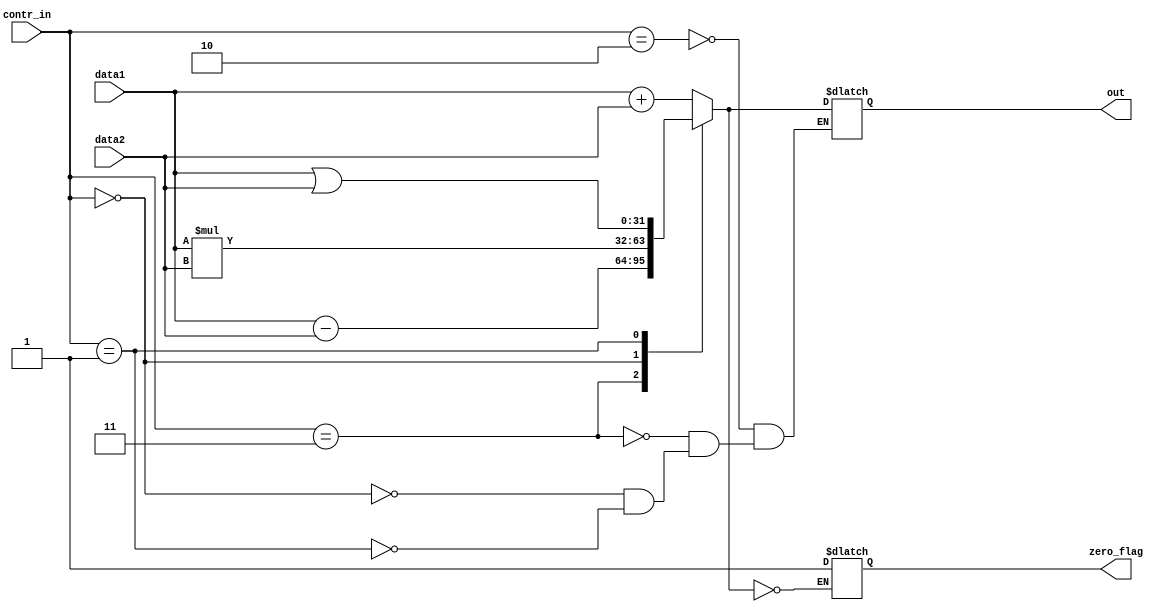
module alu(data1, data2, contr_in ,out, zero_flag);

input [31:0]data1;
input [31:0]data2;
input [3:0]contr_in;

output reg [31:0]out;
output reg zero_flag;

always @ (data1 or data2 or contr_in)
begin
    case(contr_in)
    4'b0010:begin
        		out = data1 + data2;
        		end
    4'b0011:begin
        		out = data1 - data2;
        		end
    4'b0000:begin
        		out = data1 * data2;
        		end
    4'b0001:begin
        		out = data1 | data2;
        		end
    endcase
		if(out == 0)
		begin
			zero_flag = 1;
		end
end
endmodule